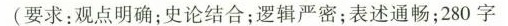
(要求：观点明确；史论结合；逻辑严密；表述通畅；280字